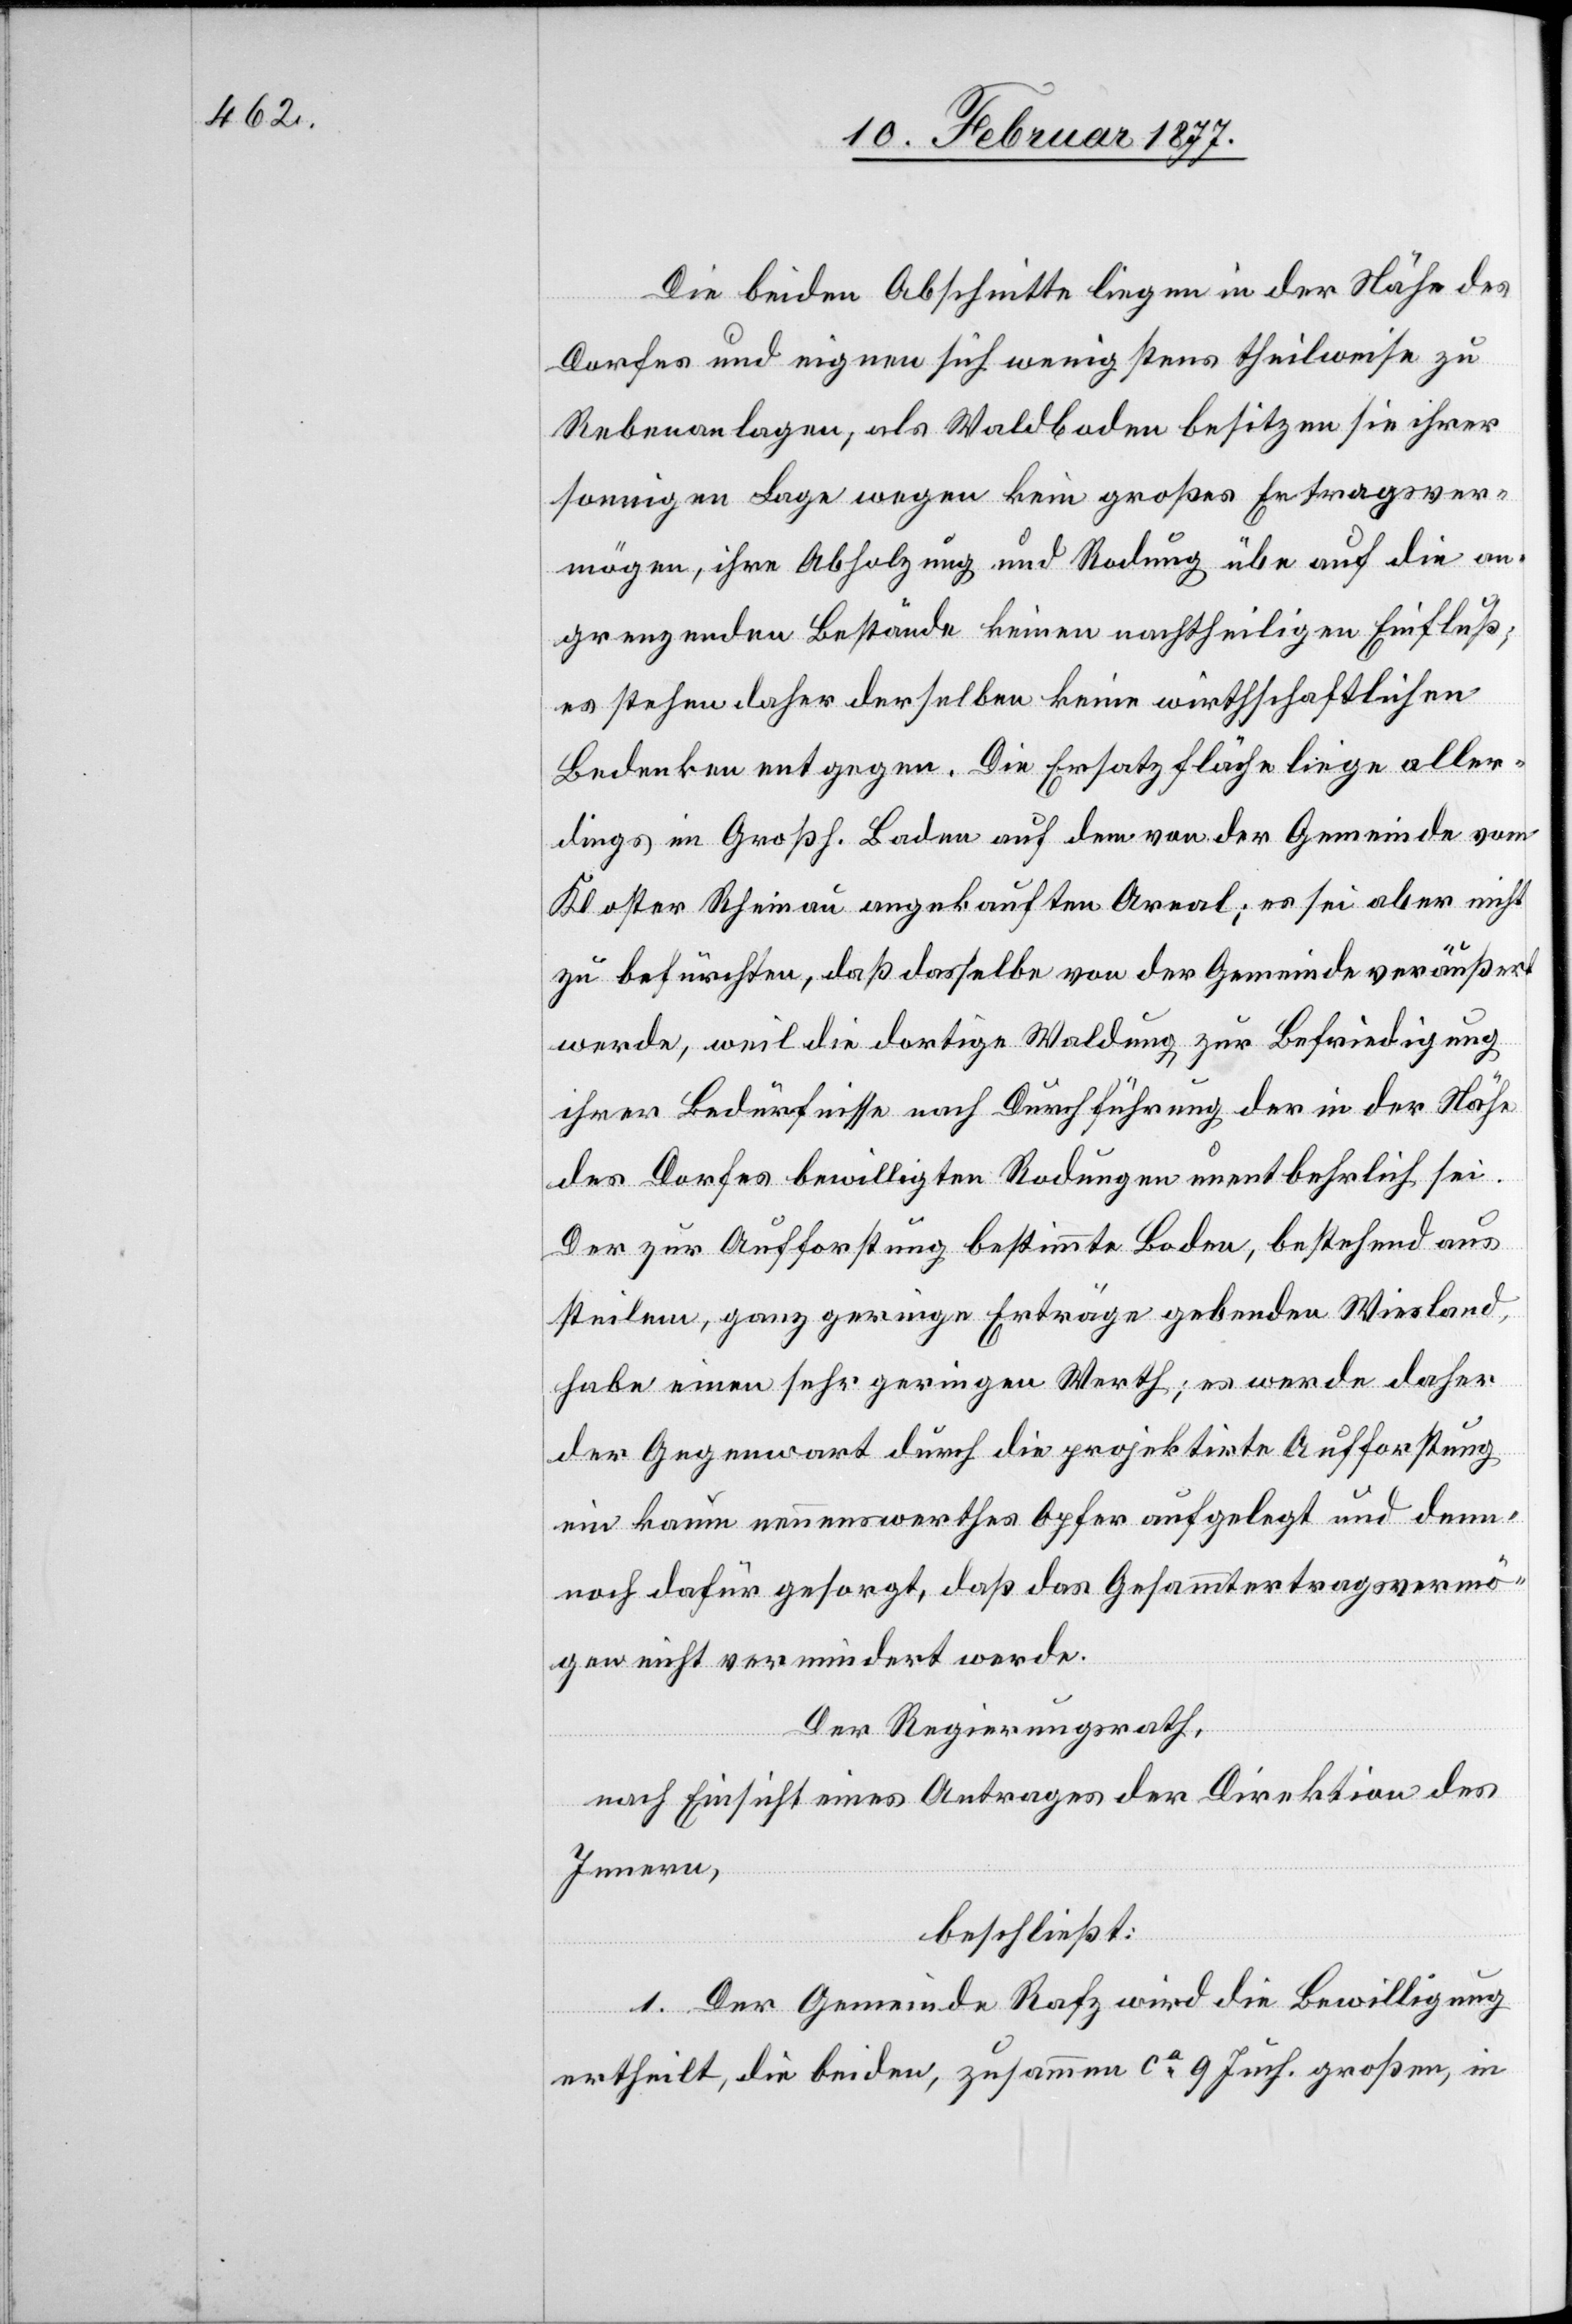
Die beiden Abschnitte liegen in der Nähe des
Dorfes und eignen sich wenigstens theilweise zu
Rebenanlagen, als Waldboden besitzen sie ihrer
sonnigen Lage wegen kein großes Ertragsver¬
mögen, ihre Abholzung und Rodung übe auf die an¬
grenzenden Bestände keinen nachtheiligen Einfluß;
es stehen daher derselben keine wirthschaftlichen
Bedenken entgegen. Die Ersatzfläche liege aller¬
dings im Großh. Baden auf dem von der Gemeinde vom
Kloster Rheinau angekauften Areal; es sei aber nicht
zu befürchten, daß dasselbe von der Gemeinde veräußert
werde, weil die dortige Waldung zur Befriedigung
ihrer Bedürfnisse nach Durchführung der in der Nähe
des Dorfes bewilligten Rodungen unentbehrlich sei.
Der zur Aufforstung bestimmte Boden, bestehend aus
steilem, ganz geringe Erträge gebenden Wiesland,
habe einen sehr geringen Werth; es werde daher
der Gegenwart durch die projektirte Aufforstung
ein kaum nennenswerthes Opfer aufgelegt und den¬
noch dafür gesorgt, daß das Gesammtertragsvermö¬
gen nicht vermindert werde.
Der Regierungsrath,
nach Einsicht eines Antrages der Direktion des
Innern,
beschließt:
1. Der Gemeinde Rafz wird die Bewilligung
ertheilt, die beiden, zusammen ca 9 Juch. großen, in